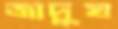
জাদুঘ